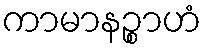
ကာမာနဉ္စာဟံ